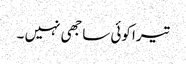
تیرا کوئی ساجھی نہیں ۔